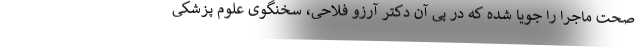
صحت ماجرا را جویا شده که در پی آن دکتر آرزو فلاحی، سخنگوی علوم پزشکی